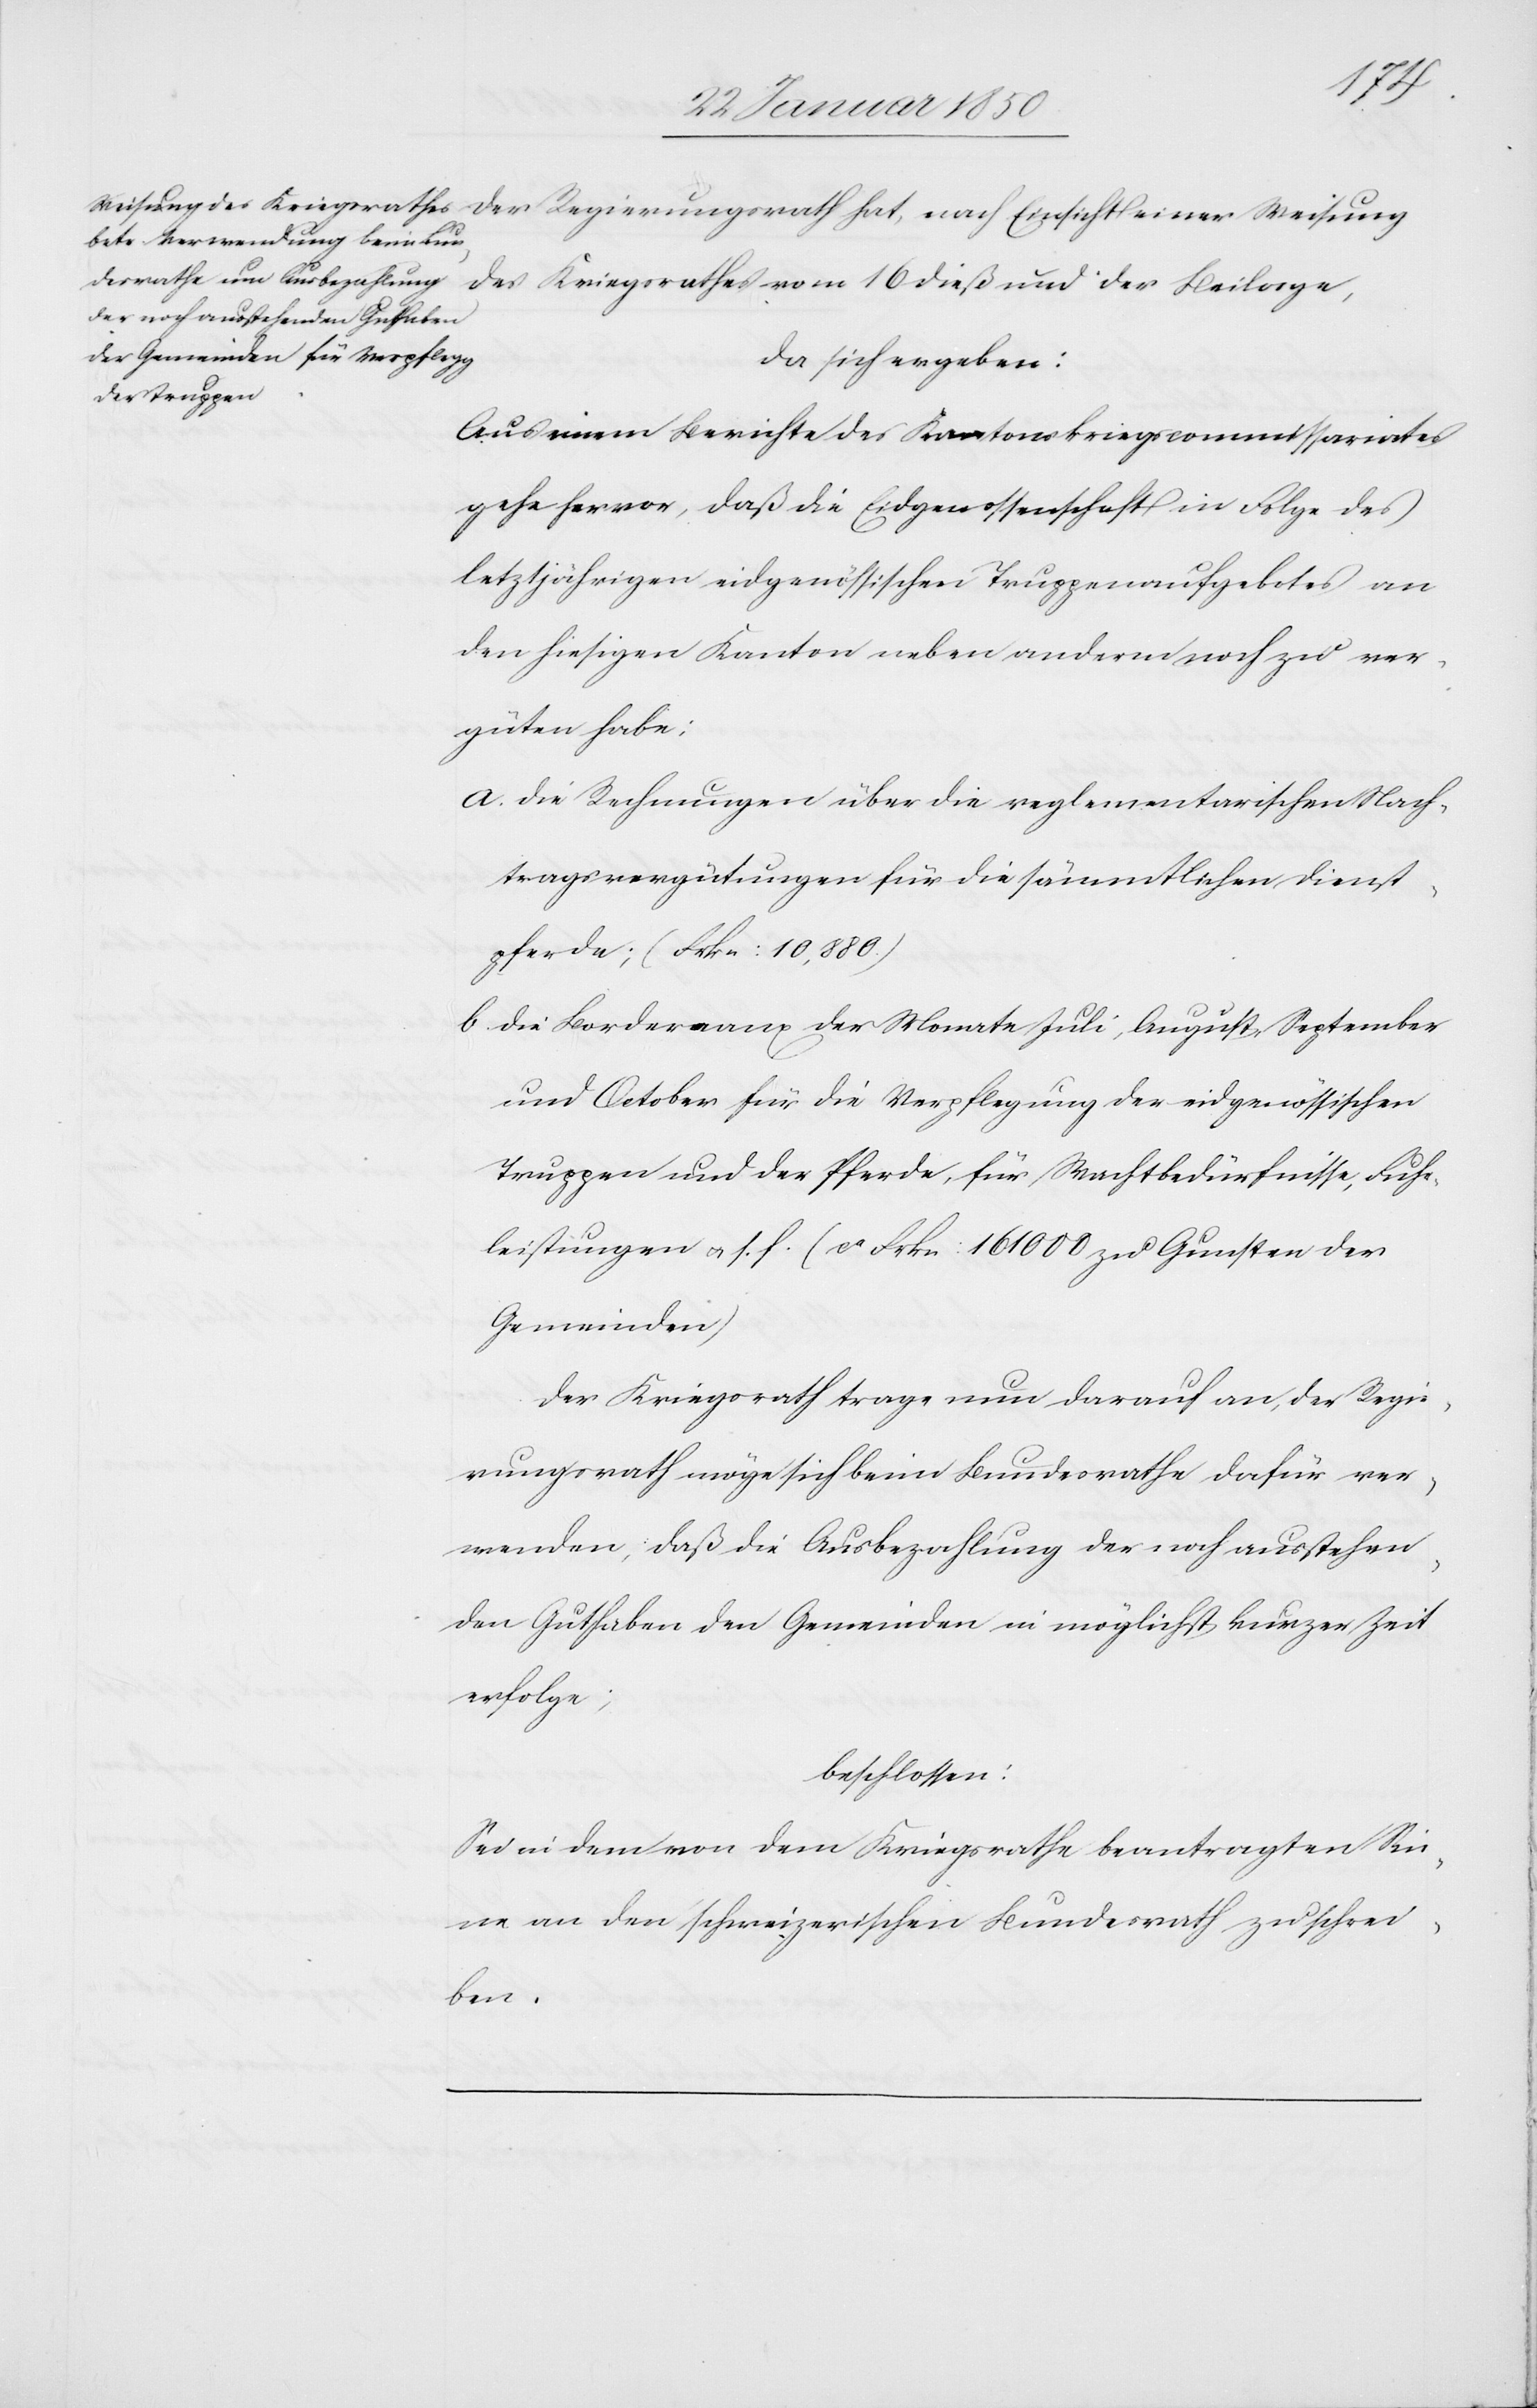
Der Regierungsrath hat, nach Einsicht einer Weisung
des Kriegsrathes vom 16 dieß und der Beilage,
da sich ergeben:
Aus einem Berichte des Kantonskriegscommissariates
gehe hervor, daß die Eidgenossenschaft in Folge des
letztjährigen eidgenössischen Truppenaufgebotes an
den hiesigen Kanton neben anderm noch zu ver¬
güten habe;
a. die Rechnungen über die reglementarischen Nach¬
tragsvergütungen für die sämmtlichen Dienst¬
pferde; (Frkn: 10,880)
b. die Bordereaux der Monate Juli, August, September
und October für die Verpflegung der eidgenössischen
Truppen und der Pferde, für Machtbedürfnisse, Fuhr¬
leistungen u. s. f. (ca Frkn: 161000 zu Gunsten der
Gemeinden)
Der Kriegsrath trage nun darauf an, der Regie¬
rungsrath möge sich beim Bundesrathe dafür ver¬
wenden, daß die Ausbezahlung der noch ausstehen¬
den Guthaben den Gemeinden in möglichst kurzer Zeit
erfolge;
beschlossen:
Sei in dem von dem Kriegsrathe beantragten Sin¬
ne an den schweizerischen Bundesrath zu schrei¬
ben.